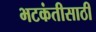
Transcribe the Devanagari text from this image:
भटकंतीसाठी